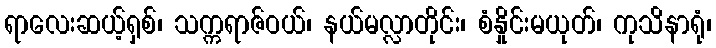
ရာလေးဆယ့်ရှစ်၊ သက္ကရာဇ်ဝယ်၊ နယ်မလ္လာတိုင်း၊ စံနှိုင်းမယုတ်၊ ကုသိနာရုံ၊